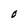
Character: o